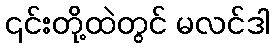
၎င်းတို့ထဲတွင် မလင်ဒါ